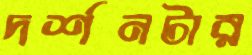
দর্শনটার